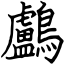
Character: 鸕